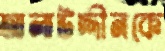
আলাউদ্দীনকে